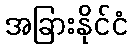
အခြားနိုင်ငံ